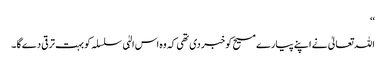
‘‘
اللہ تعالیٰ نے اپنے پیارے مسیح کو خبر دی تھی کہ وہ اس الہٰی سلسلہ کو بہت ترقی دے گا ۔